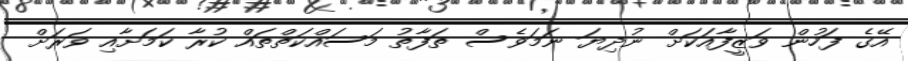
އޭގެ ފަހުން ވަޒީފާއަކަށް ނުދިޔަ ނަމަވެސް ތަފާތު މަސައްކަތްތައް ކުރާ ކަމަށާއި ވަރަށް